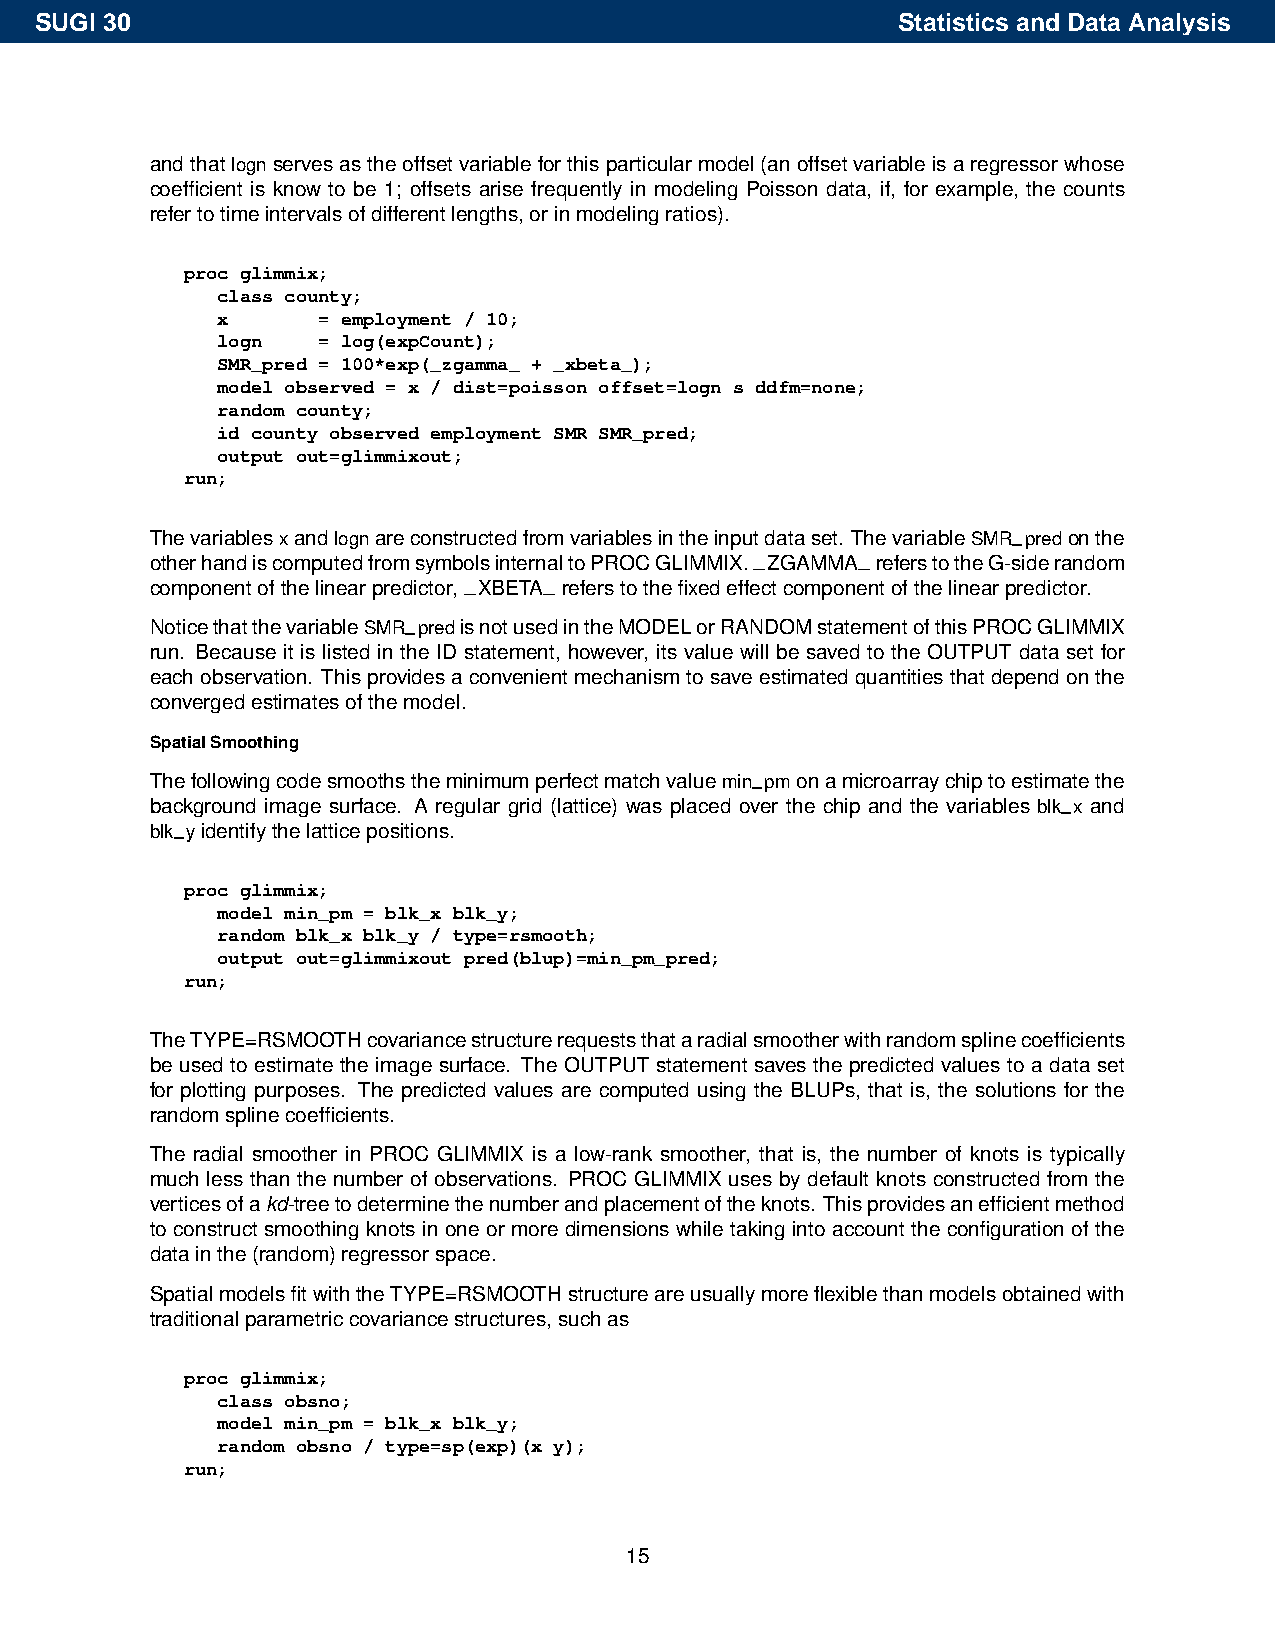
SUGI 30                                                  Statistics and Data Analysis
 and thatlognservesastheoffsetvariableforthisparticularmodel(anoffsetvariableisaregressorwhose
 coefficient is know to be 1; offsets arise frequently in modeling Poisson data, if, for example, the counts
 refertotimeintervalsofdifferentlengths,orinmodelingratios).
 proc glimmix;
 class county;
 x      = employment / 10;
 logn   = log(expCount);
 SMR_pred = 100*exp(_zgamma_ + _xbeta_);
 model observed = x / dist=poisson offset=logn s ddfm=none;
 random county;
 id county observed employment SMR SMR_pred;
 output out=glimmixout;
 run;
 Thevariablesxandlognareconstructedfromvariablesintheinputdataset. ThevariableSMR–predonthe
 otherhandiscomputedfromsymbolsinternaltoPROCGLIMMIX.–ZGAMMA– referstotheG-siderandom
 componentofthelinearpredictor,–XBETA– referstothefixedeffectcomponentofthelinearpredictor.
 NoticethatthevariableSMR–predisnotusedintheMODELorRANDOMstatementofthisPROCGLIMMIX
 run. Because it is listed in the ID statement, however, its value will be saved to the OUTPUT data set for
 eachobservation. Thisprovidesaconvenientmechanismtosaveestimatedquantitiesthatdependonthe
 convergedestimatesofthemodel.
 SpatialSmoothing
 Thefollowingcodesmoothstheminimumperfectmatchvaluemin–pmonamicroarraychiptoestimatethe
 background image surface. A regular grid (lattice) was placed over the chip and the variables blk–x and
 blk–yidentifythelatticepositions.
 proc glimmix;
 model min_pm = blk_x blk_y;
 random blk_x blk_y / type=rsmooth;
 output out=glimmixout pred(blup)=min_pm_pred;
 run;
 TheTYPE=RSMOOTHcovariancestructurerequeststhataradialsmootherwithrandomsplinecoefficients
 be used to estimate the image surface. The OUTPUT statement saves the predicted values to a data set
 for plotting purposes. The predicted values are computed using the BLUPs, that is, the solutions for the
 randomsplinecoefficients.
 The radial smoother in PROC GLIMMIX is a low-rank smoother, that is, the number of knots is typically
 much less than the number of observations. PROC GLIMMIX uses by default knots constructed from the
 verticesofakd-treetodeterminethenumberandplacementoftheknots. Thisprovidesanefficientmethod
 to construct smoothing knots in one or more dimensions while taking into account the configuration of the
 datainthe(random)regressorspace.
 SpatialmodelsfitwiththeTYPE=RSMOOTHstructureareusuallymoreflexiblethanmodelsobtainedwith
 traditionalparametriccovariancestructures,suchas
 proc glimmix;
 class obsno;
 model min_pm = blk_x blk_y;
 random obsno / type=sp(exp)(x y);
 run;
 15